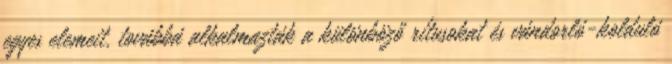
egyes elemeit, továbbá alkalmazták a különböző rítusokat és vándorló-kolduló